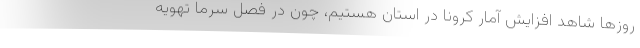
روز‌ها شاهد افزایش آمار کرونا در استان هستیم، چون در فصل سرما تهویه